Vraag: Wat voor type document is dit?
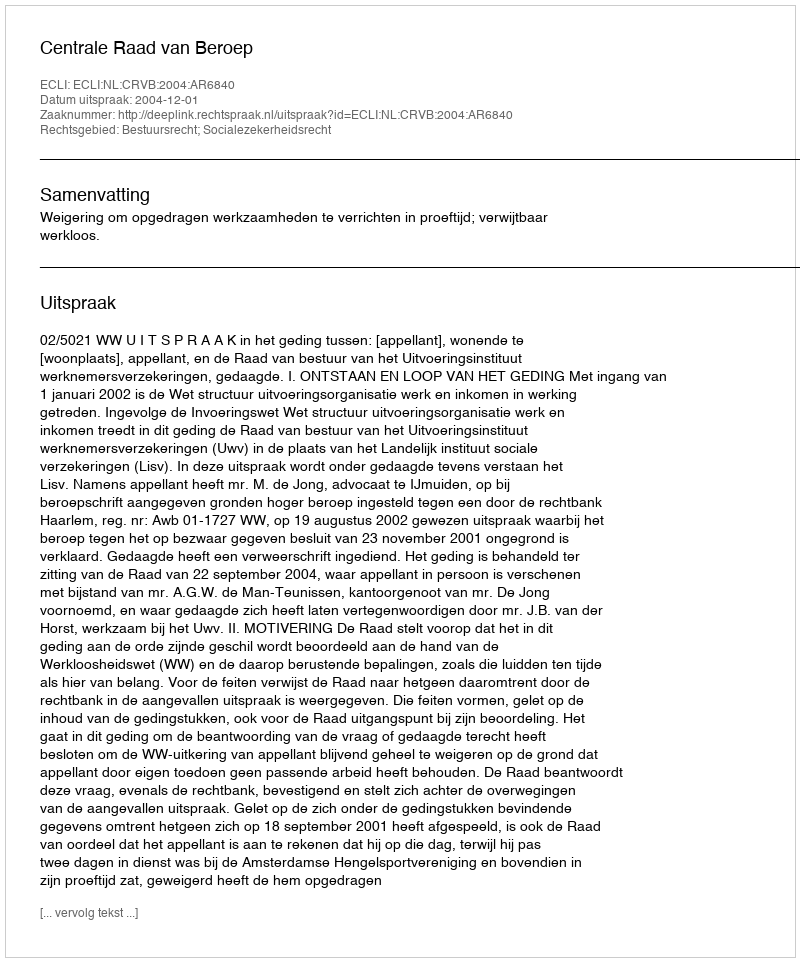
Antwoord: Uitspraak